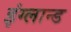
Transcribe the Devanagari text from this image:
इंग्लान्ड